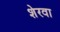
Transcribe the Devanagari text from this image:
शेरवा